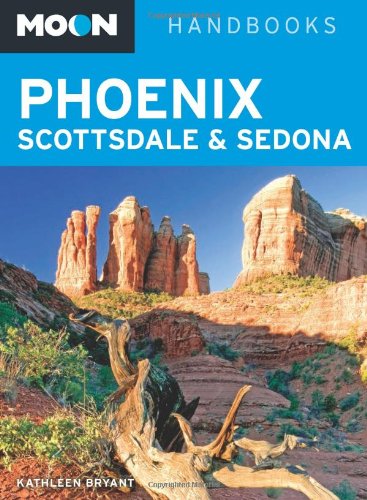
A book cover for Moon Phoenix, Scottsdale & Sedona (Moon Handbooks); Kathleen Bryant; Travel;